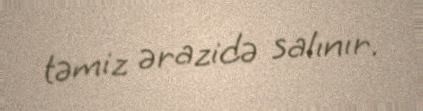
təmiz ərazidə salınır.